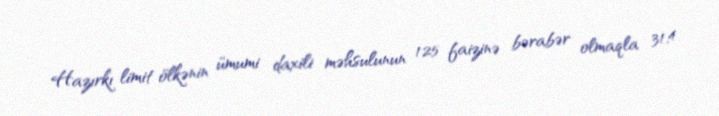
Hazırkı limit ölkənin ümumi daxili məhsulunun 125 faizinə bərabər olmaqla 31,4